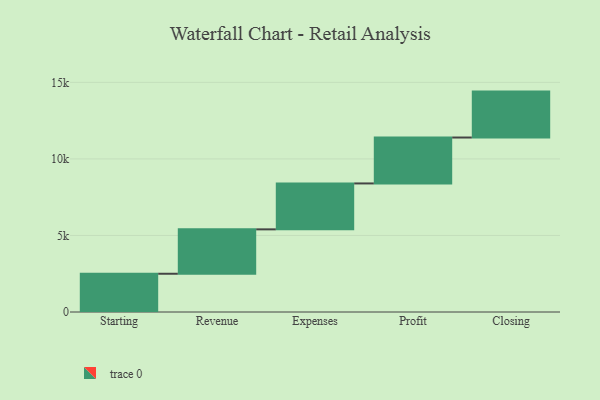
{"axis": {"x": "Step", "y": "Value"}, "legend": [""], "data": [{"x": "Starting", "y": 2499.0, "type": ""}, {"x": "Revenue", "y": 2900.0, "type": ""}, {"x": "Expenses", "y": 3000, "type": ""}, {"x": "Profit", "y": 3000, "type": ""}, {"x": "Closing", "y": 3000, "type": ""}]}